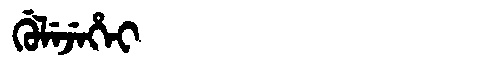
Manchu: ᡤᡠᠯᡝᠵᡝᡥᡝᡳ
Romanization: GULEJEHEI